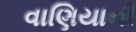
વાણિયાની